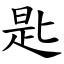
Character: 匙